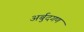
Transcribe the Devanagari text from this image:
अर्बुदगण